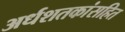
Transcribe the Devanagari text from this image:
अर्धशतकांसहित